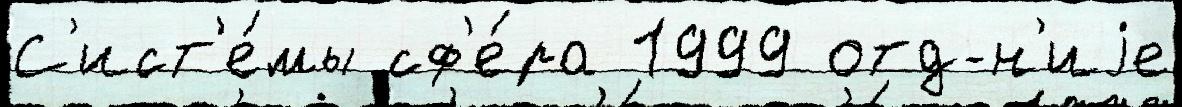
С'ист'е́мы сф'е́ра 1999 отд-н'иjе